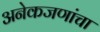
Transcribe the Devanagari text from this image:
अनेकजणांचा